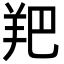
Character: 羓